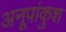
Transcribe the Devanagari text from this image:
अनूपांकुश